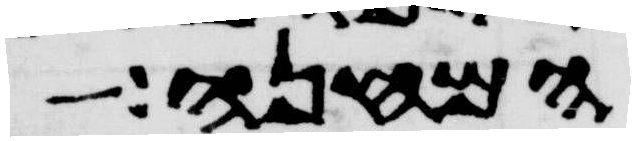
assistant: המחנה